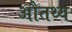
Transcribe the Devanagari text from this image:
औतथ्य